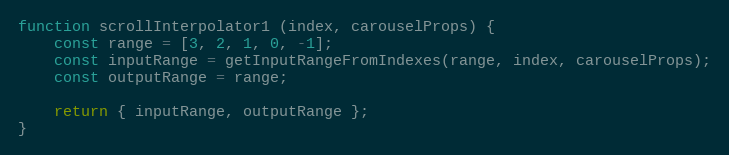
Language: JavaScript
function scrollInterpolator1 (index, carouselProps) {
    const range = [3, 2, 1, 0, -1];
    const inputRange = getInputRangeFromIndexes(range, index, carouselProps);
    const outputRange = range;

    return { inputRange, outputRange };
}